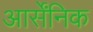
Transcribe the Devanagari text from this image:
आर्सेंनिक